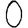
Digit: 0